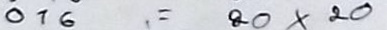
016 =20 x 20